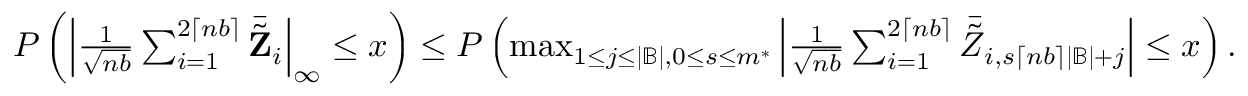
\begin{array} { r } { P \left( \left| \frac { 1 } { \sqrt { n b } } \sum _ { i = 1 } ^ { 2 \lceil n b \rceil } \bar { \tilde { \mathbf Z } } _ { i } \right| _ { \infty } \leq x \right) \leq P \left( \operatorname* { m a x } _ { 1 \leq j \leq | \mathbb { B } | , 0 \leq s \leq m ^ { * } } \left| \frac { 1 } { \sqrt { n b } } \sum _ { i = 1 } ^ { 2 \lceil n b \rceil } \bar { \tilde { Z } } _ { i , s \lceil n b \rceil | \mathbb { B } | + j } \right| \leq x \right) . } \end{array}